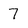
Character: 7